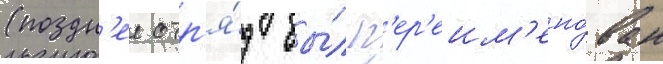
(поздн'ее отр'я́д бы́л п'ер'еим'ено́ван